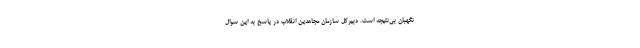
نگهبان بی‌نتيجه است. دبیرکل سازمان مجاهدین انقلاب در پاسخ به این سوال